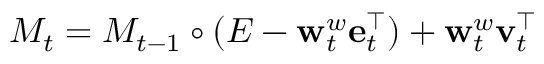
M _ { t } = M _ { t - 1 } \circ ( E - \mathbf { w } _ { t } ^ { w } \mathbf { e } _ { t } ^ { \intercal } ) + \mathbf { w } _ { t } ^ { w } \mathbf { v } _ { t } ^ { \intercal }